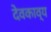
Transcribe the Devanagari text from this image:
देवकाव्य